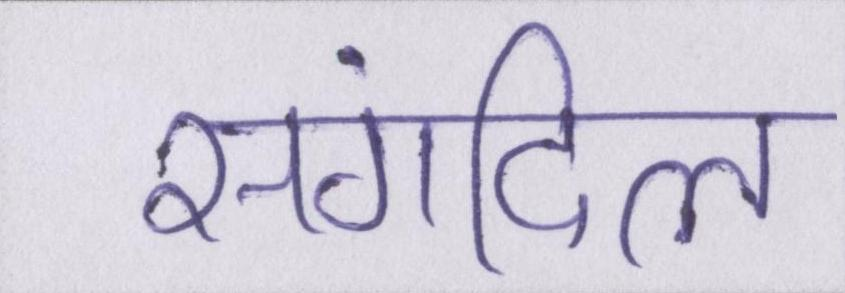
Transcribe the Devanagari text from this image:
संगदिल